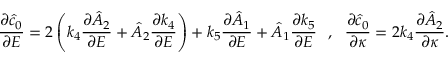
\frac { \partial \hat { c } _ { 0 } } { \partial E } = 2 \left( k _ { 4 } \frac { \partial \hat { A } _ { 2 } } { \partial E } + \hat { A } _ { 2 } \frac { \partial k _ { 4 } } { \partial E } \right) + k _ { 5 } \frac { \partial \hat { A } _ { 1 } } { \partial E } + \hat { A } _ { 1 } \frac { \partial k _ { 5 } } { \partial E } ~ ~ , ~ ~ \frac { \partial \hat { c } _ { 0 } } { \partial \kappa } = 2 k _ { 4 } \frac { \partial \hat { A } _ { 2 } } { \partial \kappa } .